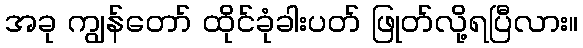
အခု ကျွန်တော် ထိုင်ခုံခါးပတ် ဖြုတ်လို့ရပြီလား။